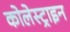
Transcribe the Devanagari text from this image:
कोलेस्ट्राइन